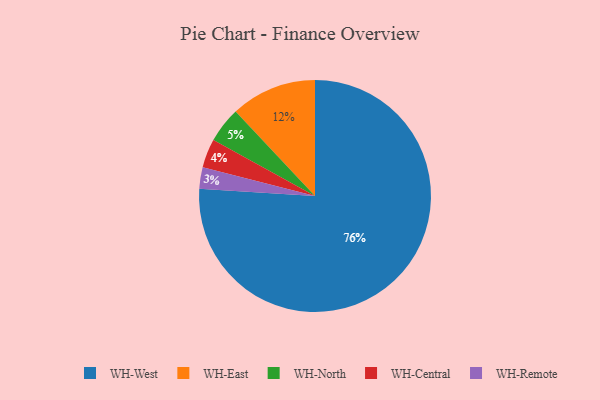
{"axis": {"x": "Category", "y": "Percentage"}, "legend": ["WH-Central", "WH-East", "WH-North", "WH-Remote", "WH-West"], "data": [{"x": "WH-East", "y": 12, "type": "WH-East"}, {"x": "WH-West", "y": 76, "type": "WH-West"}, {"x": "WH-North", "y": 5, "type": "WH-North"}, {"x": "WH-Remote", "y": 3, "type": "WH-Remote"}, {"x": "WH-Central", "y": 4, "type": "WH-Central"}]}